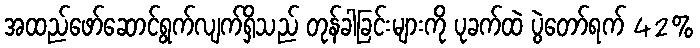
အထည်ဖော်ဆောင်ရွက်လျက်ရှိသည် တုန်ခါခြင်းများကို ပုခက်ထဲ ပွဲတော်ရက် 42%